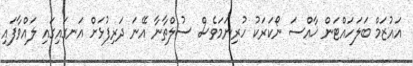
އައުޒަމް ބަލަހައްޓަން ޚާއްސަ ނޯކަރަކު ހުރިނަމަވެސް ސުލްތާނާ އޭނަ ދަރިފުޅަށް އަނގައިގައި ލައްވާފައި